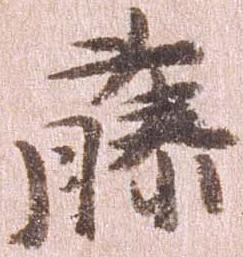
藤